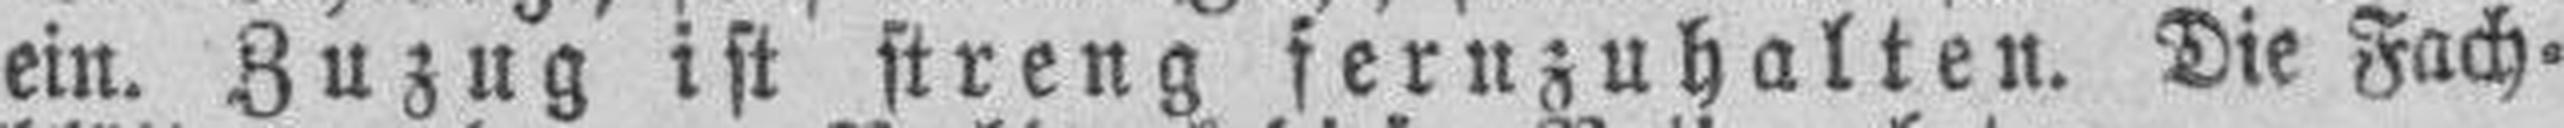
ein. Zuzug ist streng fernzuhalten. Die Fach¬